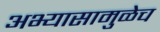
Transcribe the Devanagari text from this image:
अभ्यासामुळेच